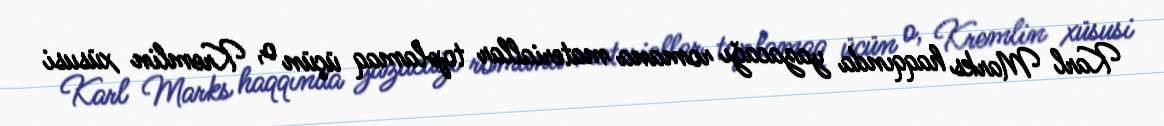
Karl Marks haqqında yazacağı romana materiallar toplamaq üçün o, Kremlin xüsusi